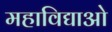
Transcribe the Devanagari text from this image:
महाविद्याओ